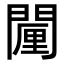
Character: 𮤗